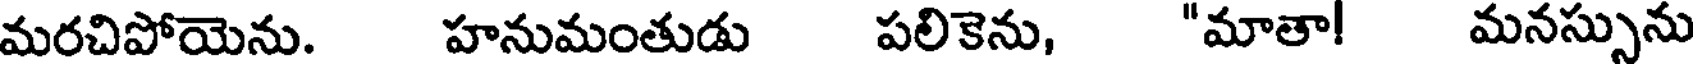
మరచిపోయెను. హనుమంతుడు పలికెను, "మాతా! మనస్సును